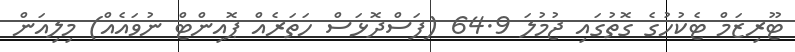
ޓޫރިޒަމް ޓެކުހުގެ ގޮތުގައި ޖުމުލަ 64.9 (ފަސްދޮޅަސް ހަތަރެއް ޕޮއިންޓް ނުވައެއް) މިލިއަން